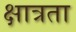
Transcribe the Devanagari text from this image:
क्षात्रता